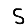
Digit: 5